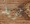
تريد